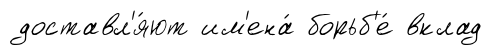
доставл'я́ют им'ена́ борьб'е́ вклад